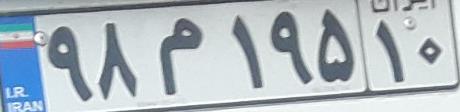
۹۸م۱۹۵۱۰